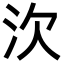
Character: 㳄